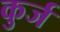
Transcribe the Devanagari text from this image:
कुर्ज